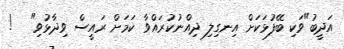
އަދީބު"ވަކި ބޭފުޅަކަށް އިނގިލި ދިއްނުކުރައްވާ ކަމަށް ރައީސް ވިދާޅުވި"   !